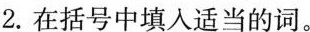
2.在括号中填入适当的词。